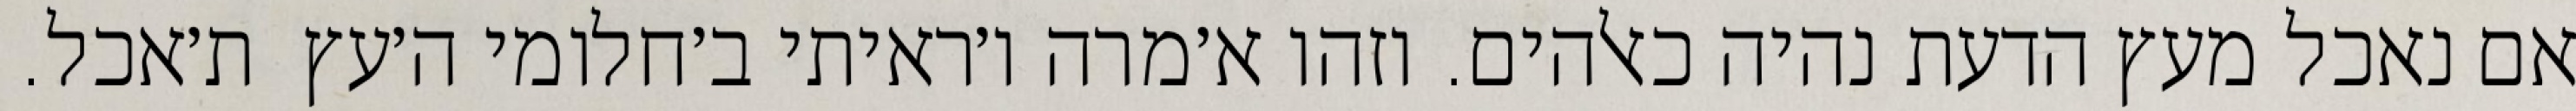
אם נאכל מעץ הדעת נהיה כאלהים. וזהו א׳מרה ו׳ראיתי ב׳חלומי ה׳עץ  ת׳אכל.